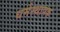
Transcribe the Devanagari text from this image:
धर्मस्थापक